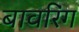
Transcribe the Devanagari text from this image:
बावरिंग